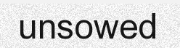
unsowed